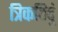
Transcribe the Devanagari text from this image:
त्रिकबिदुं